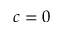
c = 0